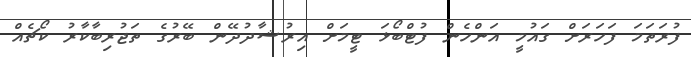
ފުރަތަމަ ފަހަރަށް ގައުމީ އަންހެން ފުޓްބޯޅަ ޓީމަށް އިރުޝާދުދޭން ބޭރުގެ ތަޖުރިބާކާރު ކޯޗެއް